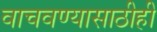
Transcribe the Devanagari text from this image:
वाचवण्यासाठीही